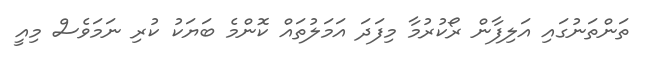
ތަންތަނުގައި އަލިފާން ރޯކުރުމާ މިފަދަ އަމަލުތައް ކޮންމެ ބަޔަކު ކުރި ނަމަވެސް މިއީ